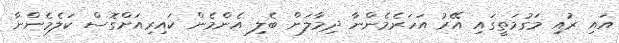
އައި ރުައި މަގުމަތީގައި އޭރު އަހަރެމެންނާ ދިމާލަށް ބެލި އެންމެން ކައިރިއަށްގޮސް ކަލެމެންނާ